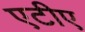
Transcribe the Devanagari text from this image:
एटीए